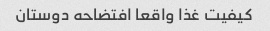
کیفیت غذا واقعا افتضاحه دوستان